Annual report of the Imperial Bacteriologist
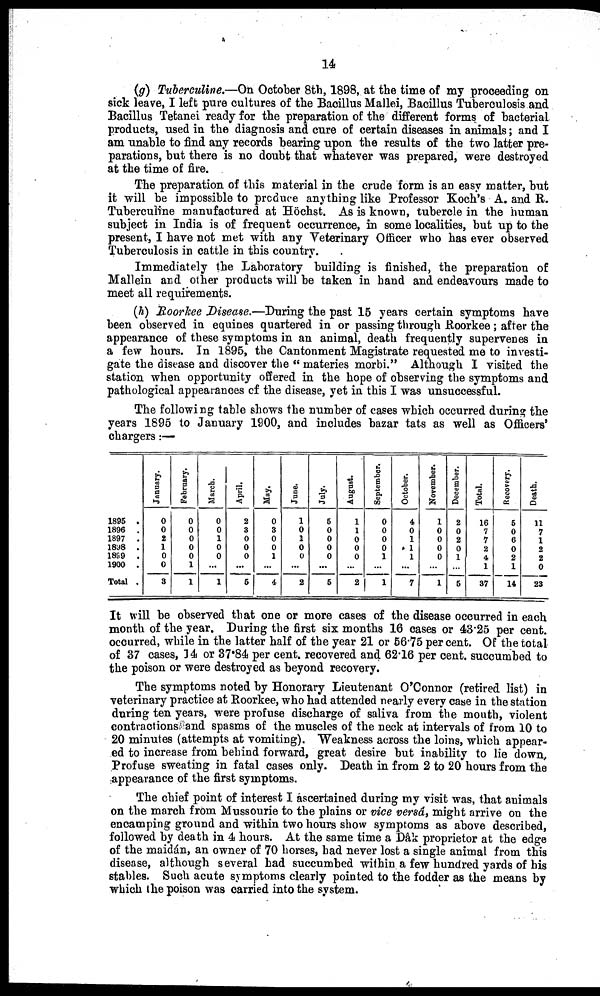
14
(g) Tuberculine.—On October 8th, 1898, at the time of my proceeding on
sick leave, I left pure cultures of the Bacillus Mallei, Bacillus Tuberculosis and
Bacillus Tetanei ready for the preparation of the different forms of bacterial
products, used in the diagnosis and cure of certain diseases in animals ; and I
am unable to find any records bearing upon the results of the two latter pre-
parations, but there is no doubt that whatever was prepared, were destroyed
at the time of fire.
The preparation of this material in the crude form is an easy matter, but
it will be impossible to produce anything like Professor Koch's A. and R.
Tuberculine manufactured at Höchst. As is known, tubercle in the human
subject in India is of frequent occurrence, in some localities, but up to the
present, I have not met with any Veterinary Officer who has ever observed
Tuberculosis in cattle in this country.
Immediately the Laboratory building is finished, the preparation of
Mallein and other products will be taken in hand and endeavours made to
meet all requirements.
(h) Roorkee Disease.—During the past 15 years certain symptoms have
been observed in equines quartered in or passing through Roorkee ; after the
appearance of these symptoms in an animal, death frequently supervenes in
a few hours. In 1895, the Cantonment Magistrate requested me to investi-
gate the disease and discover the " materies morbi." Although I visited the
station when opportunity offered in the hope of observing the symptoms and
pathological appearances of the disease, yet in this I was unsuccessful.
The following table shows the number of cases which occurred during the
years 1895 to January 1900, and includes bazar tats as well as Officers'
chargers :—
1895 .
1896 .
1897 .
1898 .
1899 .
1900 .
Total .
January.
0
0
2
1
0
0
3
February.
0
0
0
0
0
1
1
March.
0
0
1
0
0
...
1
April.
2
3
0
0
0
...
5
May.
0
3
0
0
1
...
4
June.
1
0
1
0
0
...
2
July.
5
0
0
0
0
...
5
August.
1
1
0
0
0
...
2
September.
0
0
0
0
1
...
1
October.
4
0
1
1
1
...
7
November.
1
0
0
0
0
...
1
December.
2
0
2
0
1
...
5
Total.
16
7
7
2
4
1
37
Recovery.
5
0
6
0
2
1
14
Death.
11
7
1
2
2
0
23
It will be observed that one or more cases of the disease occurred in each
month of the year. During the first six months 16 cases or 43.25 per cent.
occurred, while in the latter half of the year 21 or 56.75 per cent. Of the total
of 37 cases, 34 or 37.84 per cent. recovered and 62.16 per cent. succumbed to
the poison or were destroyed as beyond recovery.
The symptoms noted by Honorary Lieutenant O'Connor (retired list) in
veterinary practice at Roorkee, who had attended nearly every case in the station
during ten years, were profuse discharge of saliva from the mouth, violent
contractions and spasms of the muscles of the neck at intervals of from 10 to
20 minutes (attempts at vomiting). Weakness across the loins, which appear-
ed to increase from behind forward, great desire but inability to lie down,
Profuse sweating in fatal cases only. Death in from 2 to 20 hours from the
appearance of the first symptoms.
The chief point of interest I ascertained during my visit was, that animals
on the march from Mussourie to the plains or vice versâ, might arrive on the
encamping ground and within two hours show symptoms as above described,
followed by death in 4 hours. At the same time a Dâk proprietor at the edge
of the maidán, an owner of 70 horses, had never lost a single animal from this
disease, although several had succumbed within a few hundred yards of his
stables. Such acute symptoms clearly pointed to the fodder as the means by
which the poison was carried into the system.